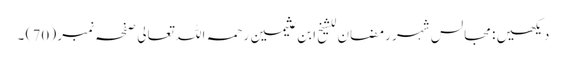
دیکھیں : مجالس شہر رمضان للشیخ ابن عثیمین رحمہ اللہ تعالی صفحہ نمبر ( 70 ) ۔